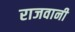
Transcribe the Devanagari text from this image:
राजवानी